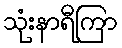
သုံးနာရီကြာ